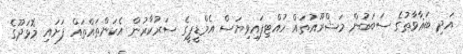
އަދި ބަޣާވާތުގެ ސަބަބުން މަޝްރޫއުތައް ހުއްޓިފައިވިޔަސް އެމްޑީޕީގެ ސަރުކާރުން އެކަންތައްތައް ފަށައި މޮޅަދޫގެ